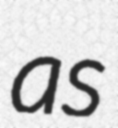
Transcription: as